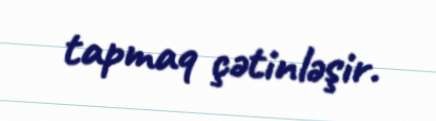
tapmaq çətinləşir.